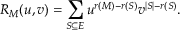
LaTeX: R _ { M } ( u , v ) = \sum _ { S \subseteq E } u ^ { r ( M ) - r ( S ) } v ^ { | S | - r ( S ) } .